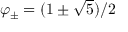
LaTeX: \varphi _ { \pm } = ( 1 \pm { \sqrt { 5 } } ) / 2